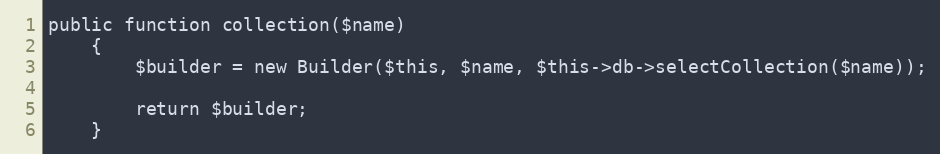
Language: PHP
public function collection($name)
    {
        $builder = new Builder($this, $name, $this->db->selectCollection($name));

        return $builder;
    }